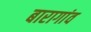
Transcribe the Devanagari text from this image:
बारागांव